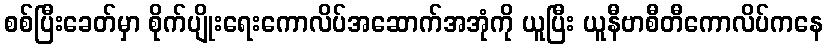
စစ်ပြီးခေတ်မှာ စိုက်ပျိုးရေးကောလိပ်အဆောက်အအုံကို ယူပြီး ယူနီဗာစီတီကောလိပ်ကနေ